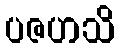
ပဇဟသိ